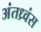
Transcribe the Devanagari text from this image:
अंतध्र्वंस